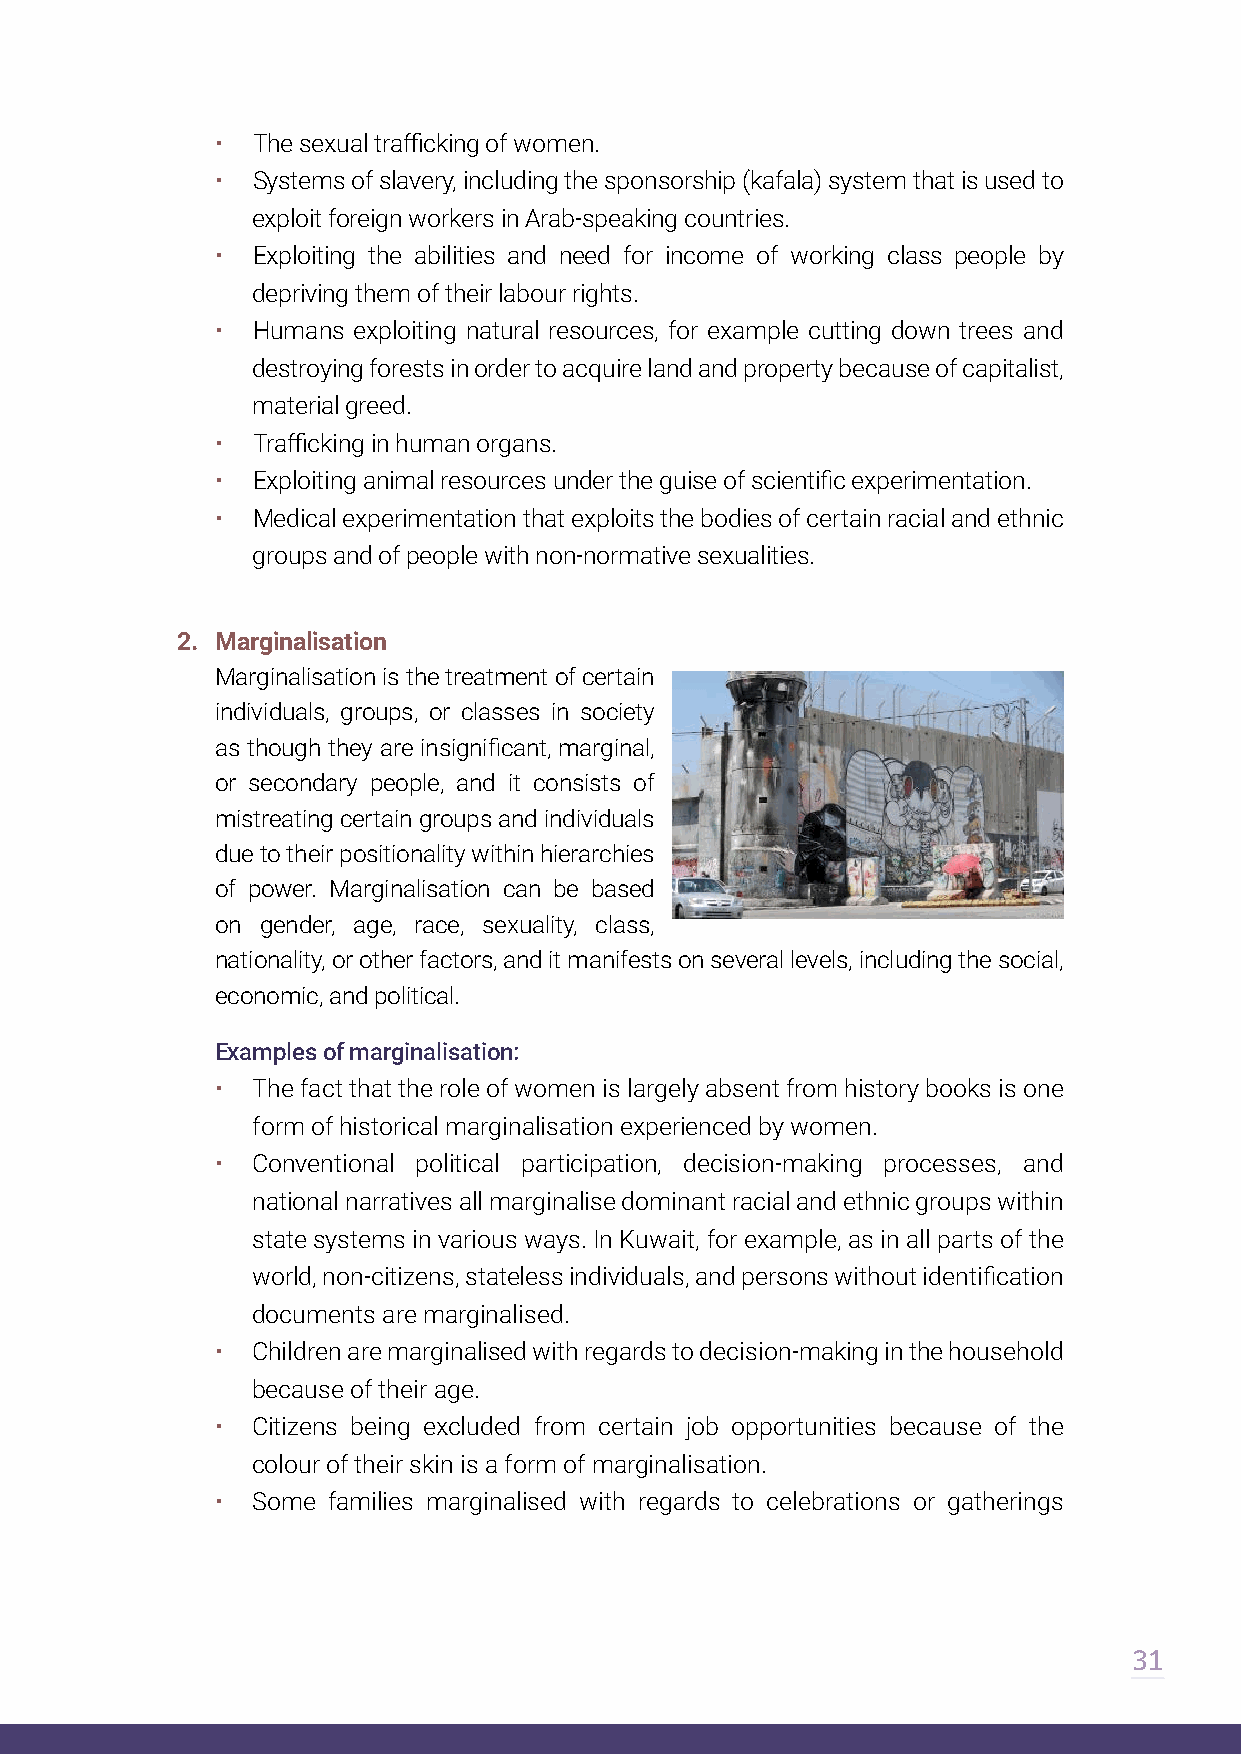
•  The sexual trafficking of women.
 •  Systems of slavery, including the sponsorship (kafala) system that is used to
 exploit foreign workers in Arab-speaking countries.
 •  Exploiting the abilities and need for income of working class people by
 depriving them of their labour rights.
 •  Humans exploiting natural resources, for example cutting down trees and
 destroying forests in order to acquire land and property because of capitalist,
 material greed.
 •  Trafficking in human organs.
 •  Exploiting animal resources under the guise of scientific experimentation.
 •  Medical experimentation that exploits the bodies of certain racial and ethnic
 groups and of people with non-normative sexualities.
 2. Marginalisation
 Marginalisation is the treatment of certain
 individuals, groups, or classes in society
 as though they are insignificant, marginal,
 or secondary people, and it consists of
 mistreating certain groups and individuals
 due to their positionality within hierarchies
 of power. Marginalisation can be based
 on gender, age, race, sexuality, class,
 nationality, or other factors, and it manifests on several levels, including the social,
 economic, and political.
 Examples of marginalisation:
 •  The fact that the role of women is largely absent from history books is one
 form of historical marginalisation experienced by women.
 •  Conventional political participation, decision-making processes, and
 national narratives all marginalise dominant racial and ethnic groups within
 state systems in various ways. In Kuwait, for example, as in all parts of the
 world, non-citizens, stateless individuals, and persons without identification
 documents are marginalised.
 •  Children are marginalised with regards to decision-making in the household
 because of their age.
 •  Citizens being excluded from certain job opportunities because of the
 colour of their skin is a form of marginalisation.
 •  Some families marginalised with regards to celebrations or gatherings
 31